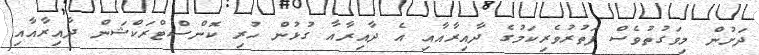
ދަށުން މިވަގުތުވެސް ފަތުރުވެރިކަމުގެ ދާއިރާއާއި އެ ދާއިރާއާ ގުޅުން ހުރި ކޮންސްޓްރަކްޝަން ދާއިރާއާއި